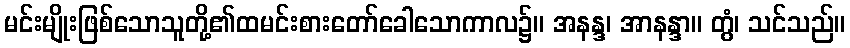
မင်းမျိုးဖြစ်သောသူတို့၏ထမင်းစားတော်ခေါသောကာလ၌။ အနန္ဒ၊ အာနန္ဒာ။ တွံ၊ သင်သည်။